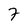
Character: 7